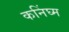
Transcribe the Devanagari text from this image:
कनिंघ्म